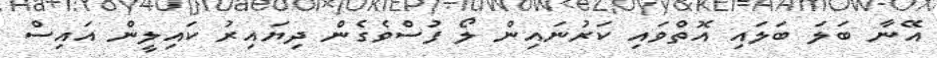
އޭނާ ބަލަ ބަލައި އޮތްވައި ކަރުނައިން ލޯ ފުސްވެގެން ދިޔައިރު ކައިލީން އައިސް